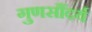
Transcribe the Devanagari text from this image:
गुणसौंदर्य